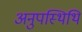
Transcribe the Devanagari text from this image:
अनुपस्थिथि